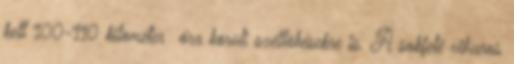
kell 100-110 kilométer óra körüli széllökésekre is. A sokfelé viharos